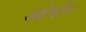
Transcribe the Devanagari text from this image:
ओवी।